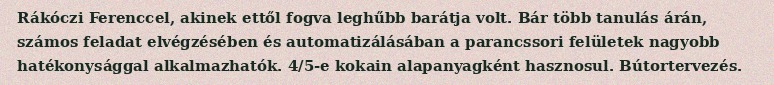
Rákóczi Ferenccel, akinek ettől fogva leghűbb barátja volt. Bár több tanulás árán, számos feladat elvégzésében és automatizálásában a parancssori felületek nagyobb hatékonysággal alkalmazhatók. 4/5-e kokain alapanyagként hasznosul. Bútortervezés.